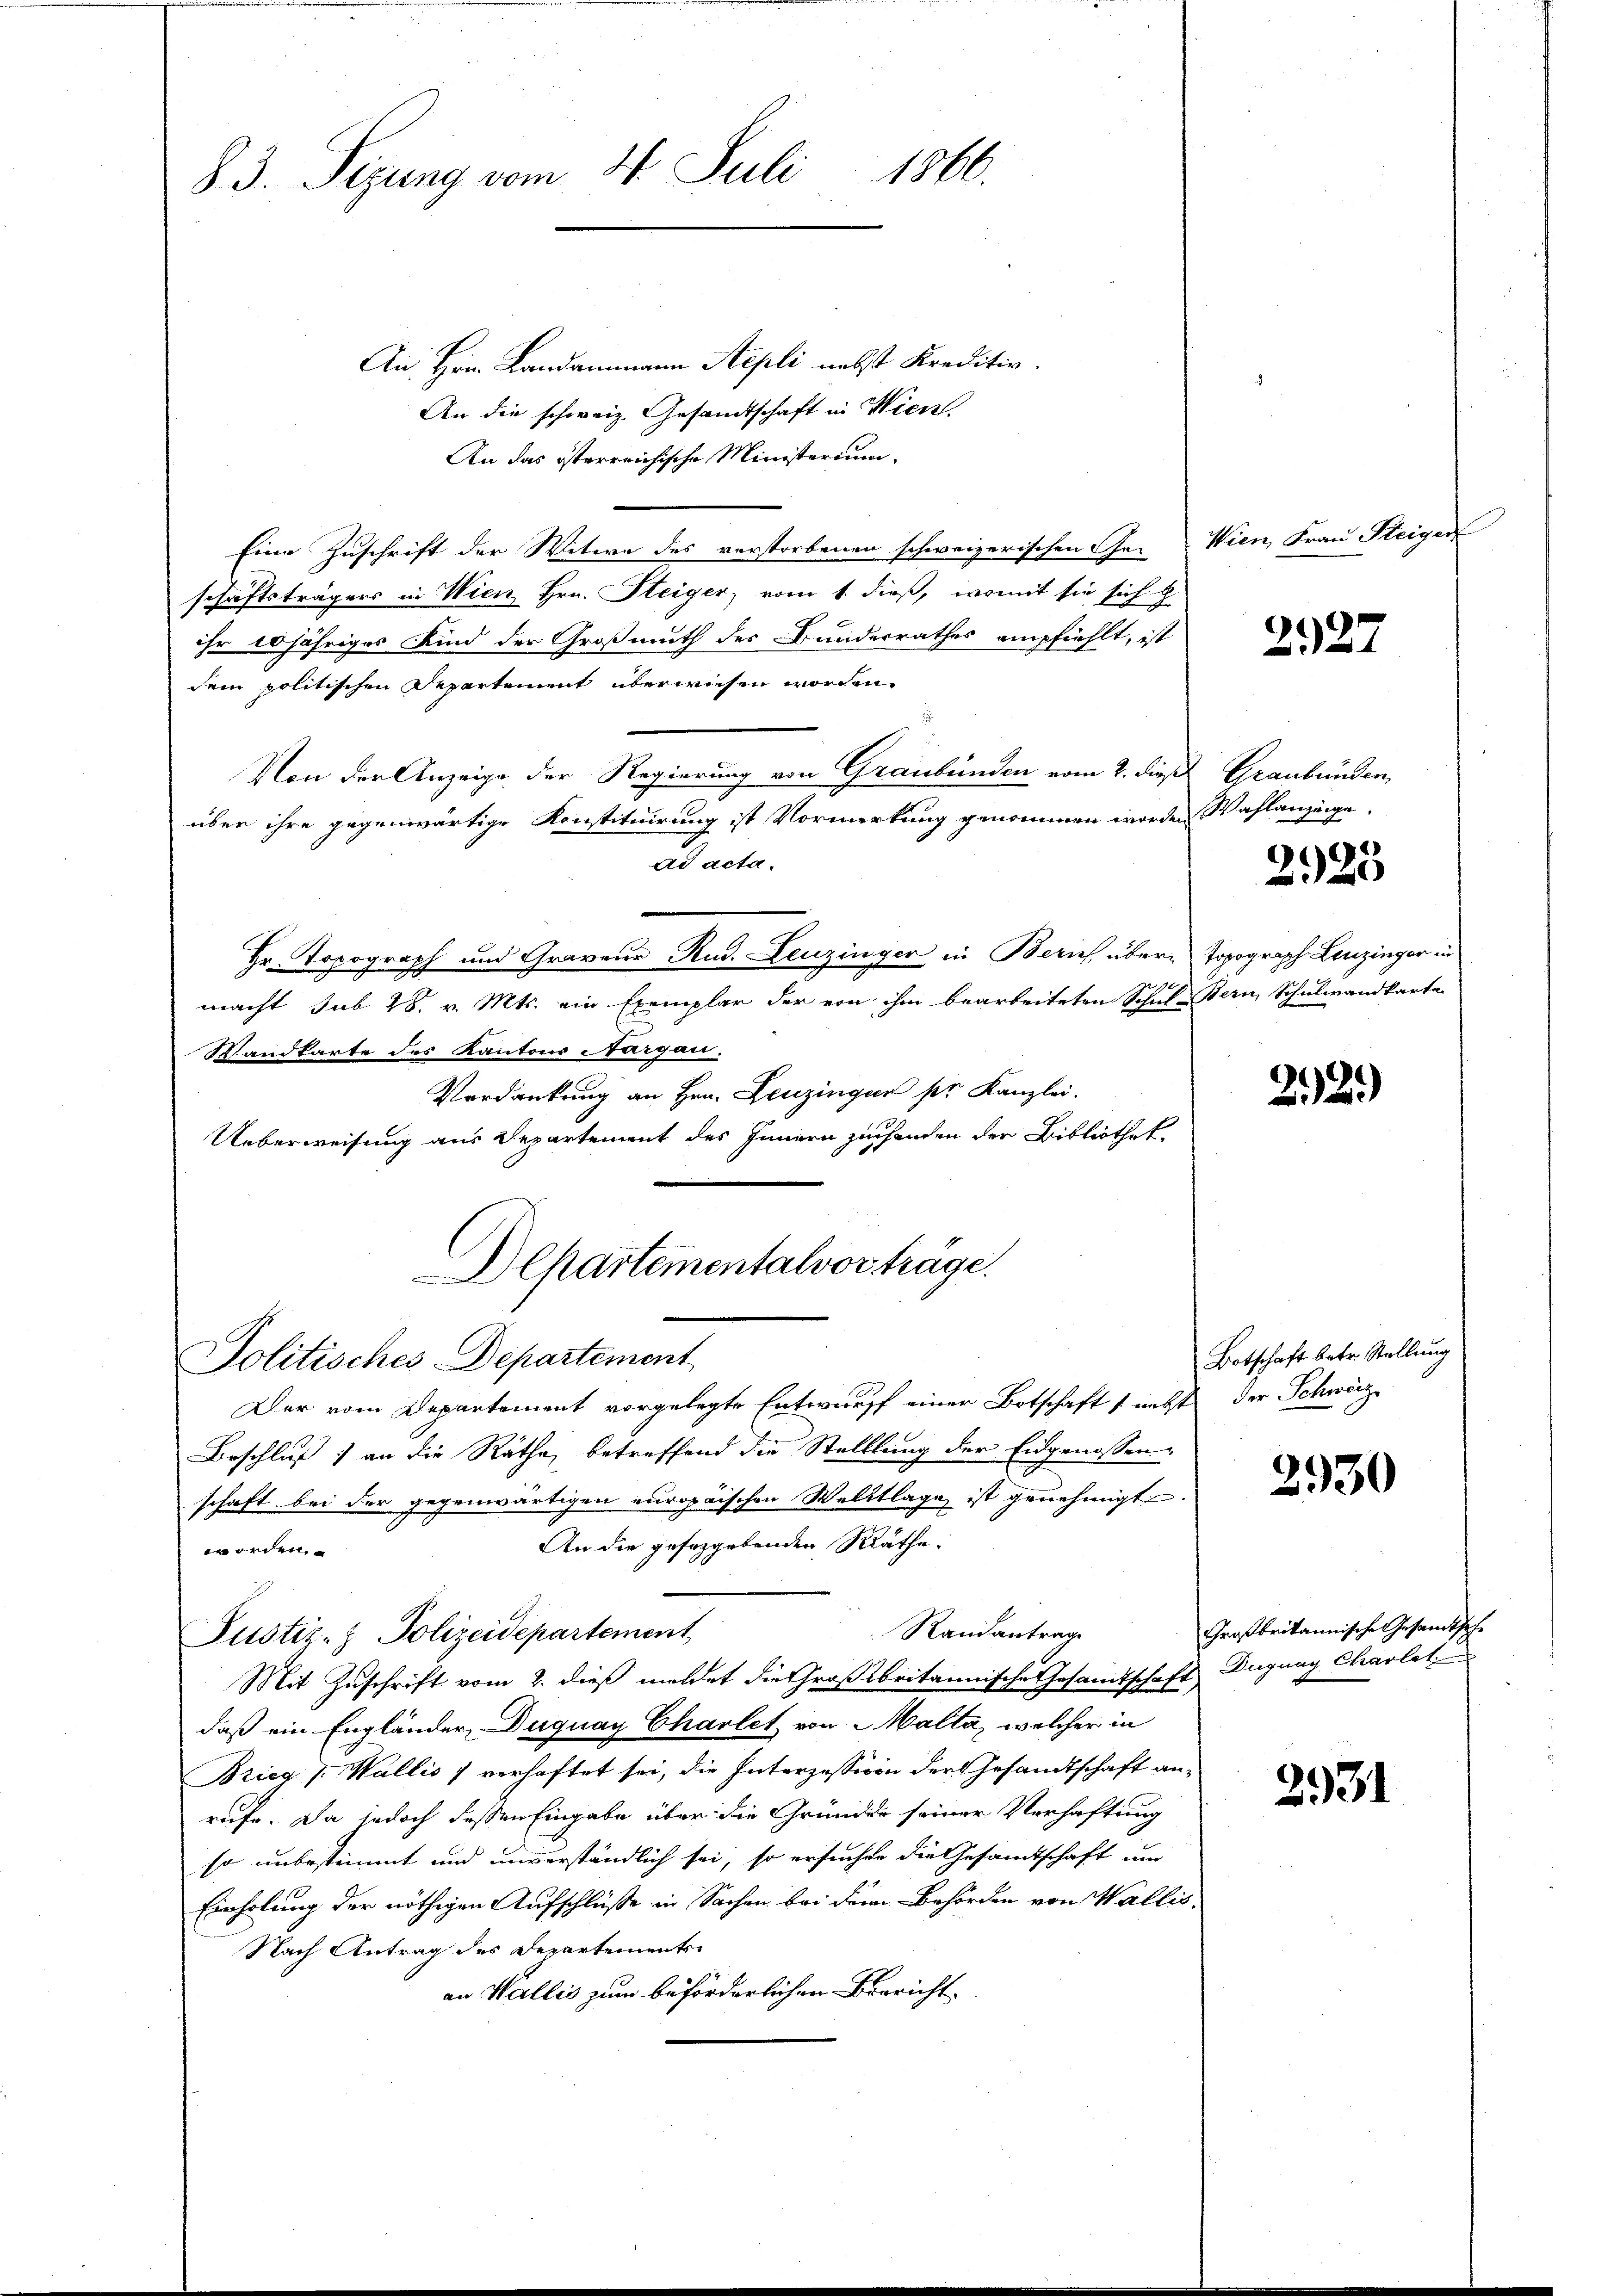
1000.
83. Sizung vom 31. Juli

An Hrn. Landammann Stepli nebst Kreditiv.
An die schweiz. Gesandtschaft in Wien
An das österreichische Ministerium,
Eine Zuschrift der Witwe des verstorbenen schweizerischen Ge- Wien, Frau Steiger
schäftsträgers in Wien Hrn. Steiger, vom 1. dieß, womit sie sich h
ihr 10 jähriges Kind der Großmuth des Bundesrathes empfiehlt, ist
dem politischen Departement überwiesen worden.
Von der Anzeige der Regierung von Graubünden vom 2. dieß Graubünden,
über ihre gegenwärtige Konstituirung ist Vormerkung genommen worden Wahlanzeige
ad acta.
Hr. Topograph und Graveur Rud. Leuzinger in Bern übere Topograph Leuzinger in
macht sub 28. v. Mts. ein Exemplar der von ihm bearbeiteten Schul-Bern, Schulwandkarte
Wandkarte des Kantons Nargau.
Verdankung an Hrn. Leuzingen pr. Kanzlei.
Ueberweisung aus Departement des Innern zu handen der Bibliothek.
Departementalvorträge.

Politisches Departement

Der vom Departement vorgelegte Entwurff einer Botschaft nebst der Schweiz
Beschluß an die Räthe, betreffend die Stelllung der Eidgenossen
schaft bei der gegenwärtigen europäischen Welttlage ist genehmigt.
An die gesorgebenden Räthe:
worden.
Randantrage
Mit Zuschrift vom 2. dieß meldet die Großbritannische Gesamtschaft Duguay Charlet
daß ein Engländer, Duquay Charlet von Malta, welcher in
Brieg f. Wallis 1 verhaftet sei, die Interzessiven der Gesandtschaft anrufe. Da jedoch dessen Eingabe über die Gründe seiner Verhaftung
so unbestimmt und unverständlich sei, so ersuchen die Gesandtschaft um
Einholung der nöthigen Aufschlüße in Sachen bei dem Behörden von Wallis,
Nach Antrag des Departements-
an Wallis zum beförderlichen Bericht.

Justiz- & Polizeidepartement

2127

2925

22.)

Botschaft betr. Stellung

2930

Großbritannische Gesandtsche

2931